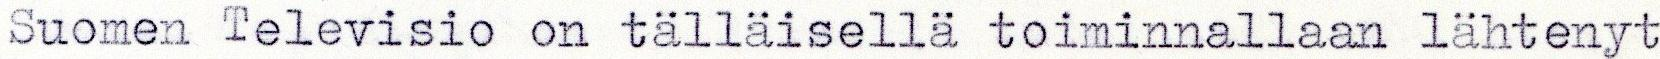
Suomen Televisio on tälläisellä toiminnallaan lähtenyt